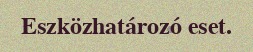
Eszközhatározó eset.